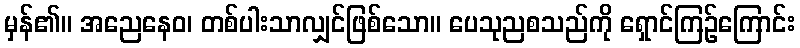
မှန်၏။ အညေနေဝ၊ တစ်ပါးသာလျှင်ဖြစ်သော။ ပေသုညစသည်ကို ရှောင်ကြဉ်ကြောင်း